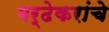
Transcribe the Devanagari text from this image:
मर्ढेकरांचे